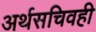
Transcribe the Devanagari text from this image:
अर्थसचिवही